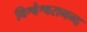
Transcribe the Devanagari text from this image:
विश्वेश्वरानन्द